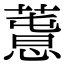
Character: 𢡳